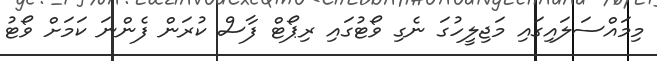
މިމައްސަލައިގައި މަޖިލީހުގަ ނެގި ވޯޓުގައި ރިޕޯޓް ފާސް ކުރަން ފެންނަ ކަމަށް ވޯޓު